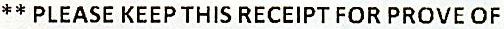
** PLEASE KEEP THIS RECEIPT FOR PROVE OF